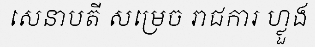
សេនាបតី សម្រេច រាជការ ហ្លួង